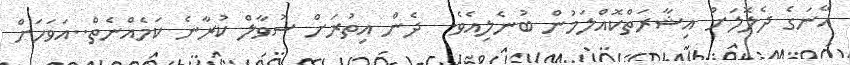
އޭނަގެ ދެލޮލަށް އިޝާރަތްކޮއްލަމުން ބުނެލިއެވެ.  ދެން އިތުރަށް ސުވާލް ކުރާނެ ކަމެއްނެތް..އަވަހަށް